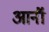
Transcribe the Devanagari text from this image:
आर्नॉ